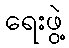
ရေးဖွဲ့